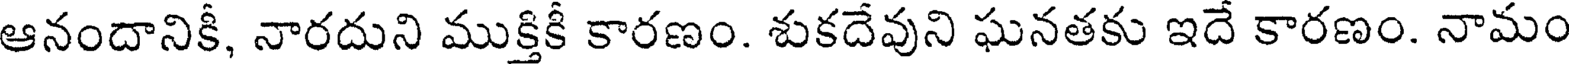
ఆనందానికీ, నారదుని ముక్తికీ కారణం. శుకదేవుని ఘనతకు ఇదే కారణం. నామం